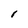
Character: l